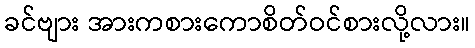
ခင်ဗျား အားကစားကောစိတ်ဝင်စားလို့လား။